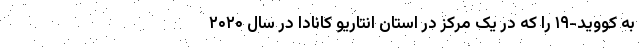
به کووید-۱۹ را که در یک مرکز در استان اُنتاریو کانادا در سال ۲۰۲۰